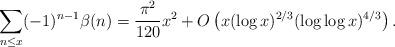
LaTeX: \begin{align*} \sum_{n\le x} (-1)^{n-1} \beta(n) = \frac{\pi^2}{120} x^2 + O\left(x (\log x)^{2/3} (\log \log x)^{4/3} \right).\end{align*}